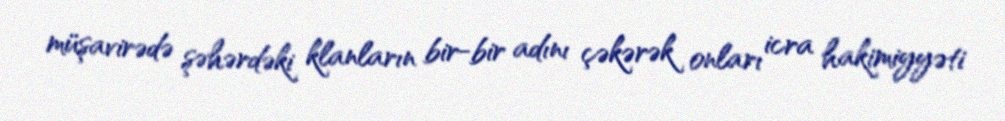
müşavirədə şəhərdəki klanların bir-bir adını çəkərək onları icra hakimiyyəti